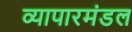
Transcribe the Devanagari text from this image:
व्यापारमंडल